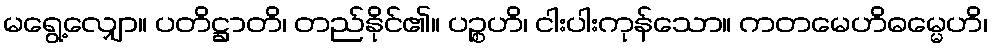
မရွေ့လျှော။ ပတိဋ္ဌာတိ၊ တည်နိုင်၏။ ပဉ္စဟိ၊ ငါးပါးကုန်သော။ ကတမေဟိဓမ္မေဟိ၊